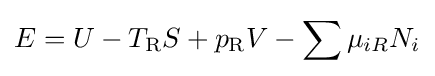
E=U-T_{\text{R}}S+p_{\text{R}}V-\sum \mu _{iR}N_{i}